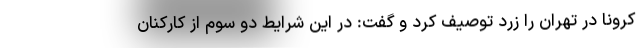
کرونا در تهران را زرد توصیف کرد و گفت: در این شرایط دو سوم از کارکنان